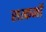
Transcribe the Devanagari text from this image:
सत्कर्मो